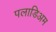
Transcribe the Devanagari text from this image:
पलाडिअम